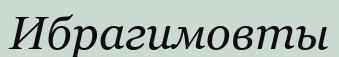
Ибрагимовты